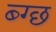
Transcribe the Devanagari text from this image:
ब्ग्छ